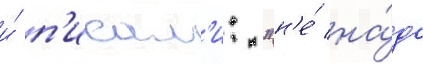
и́ п'исал'и: "н'е́ на́до